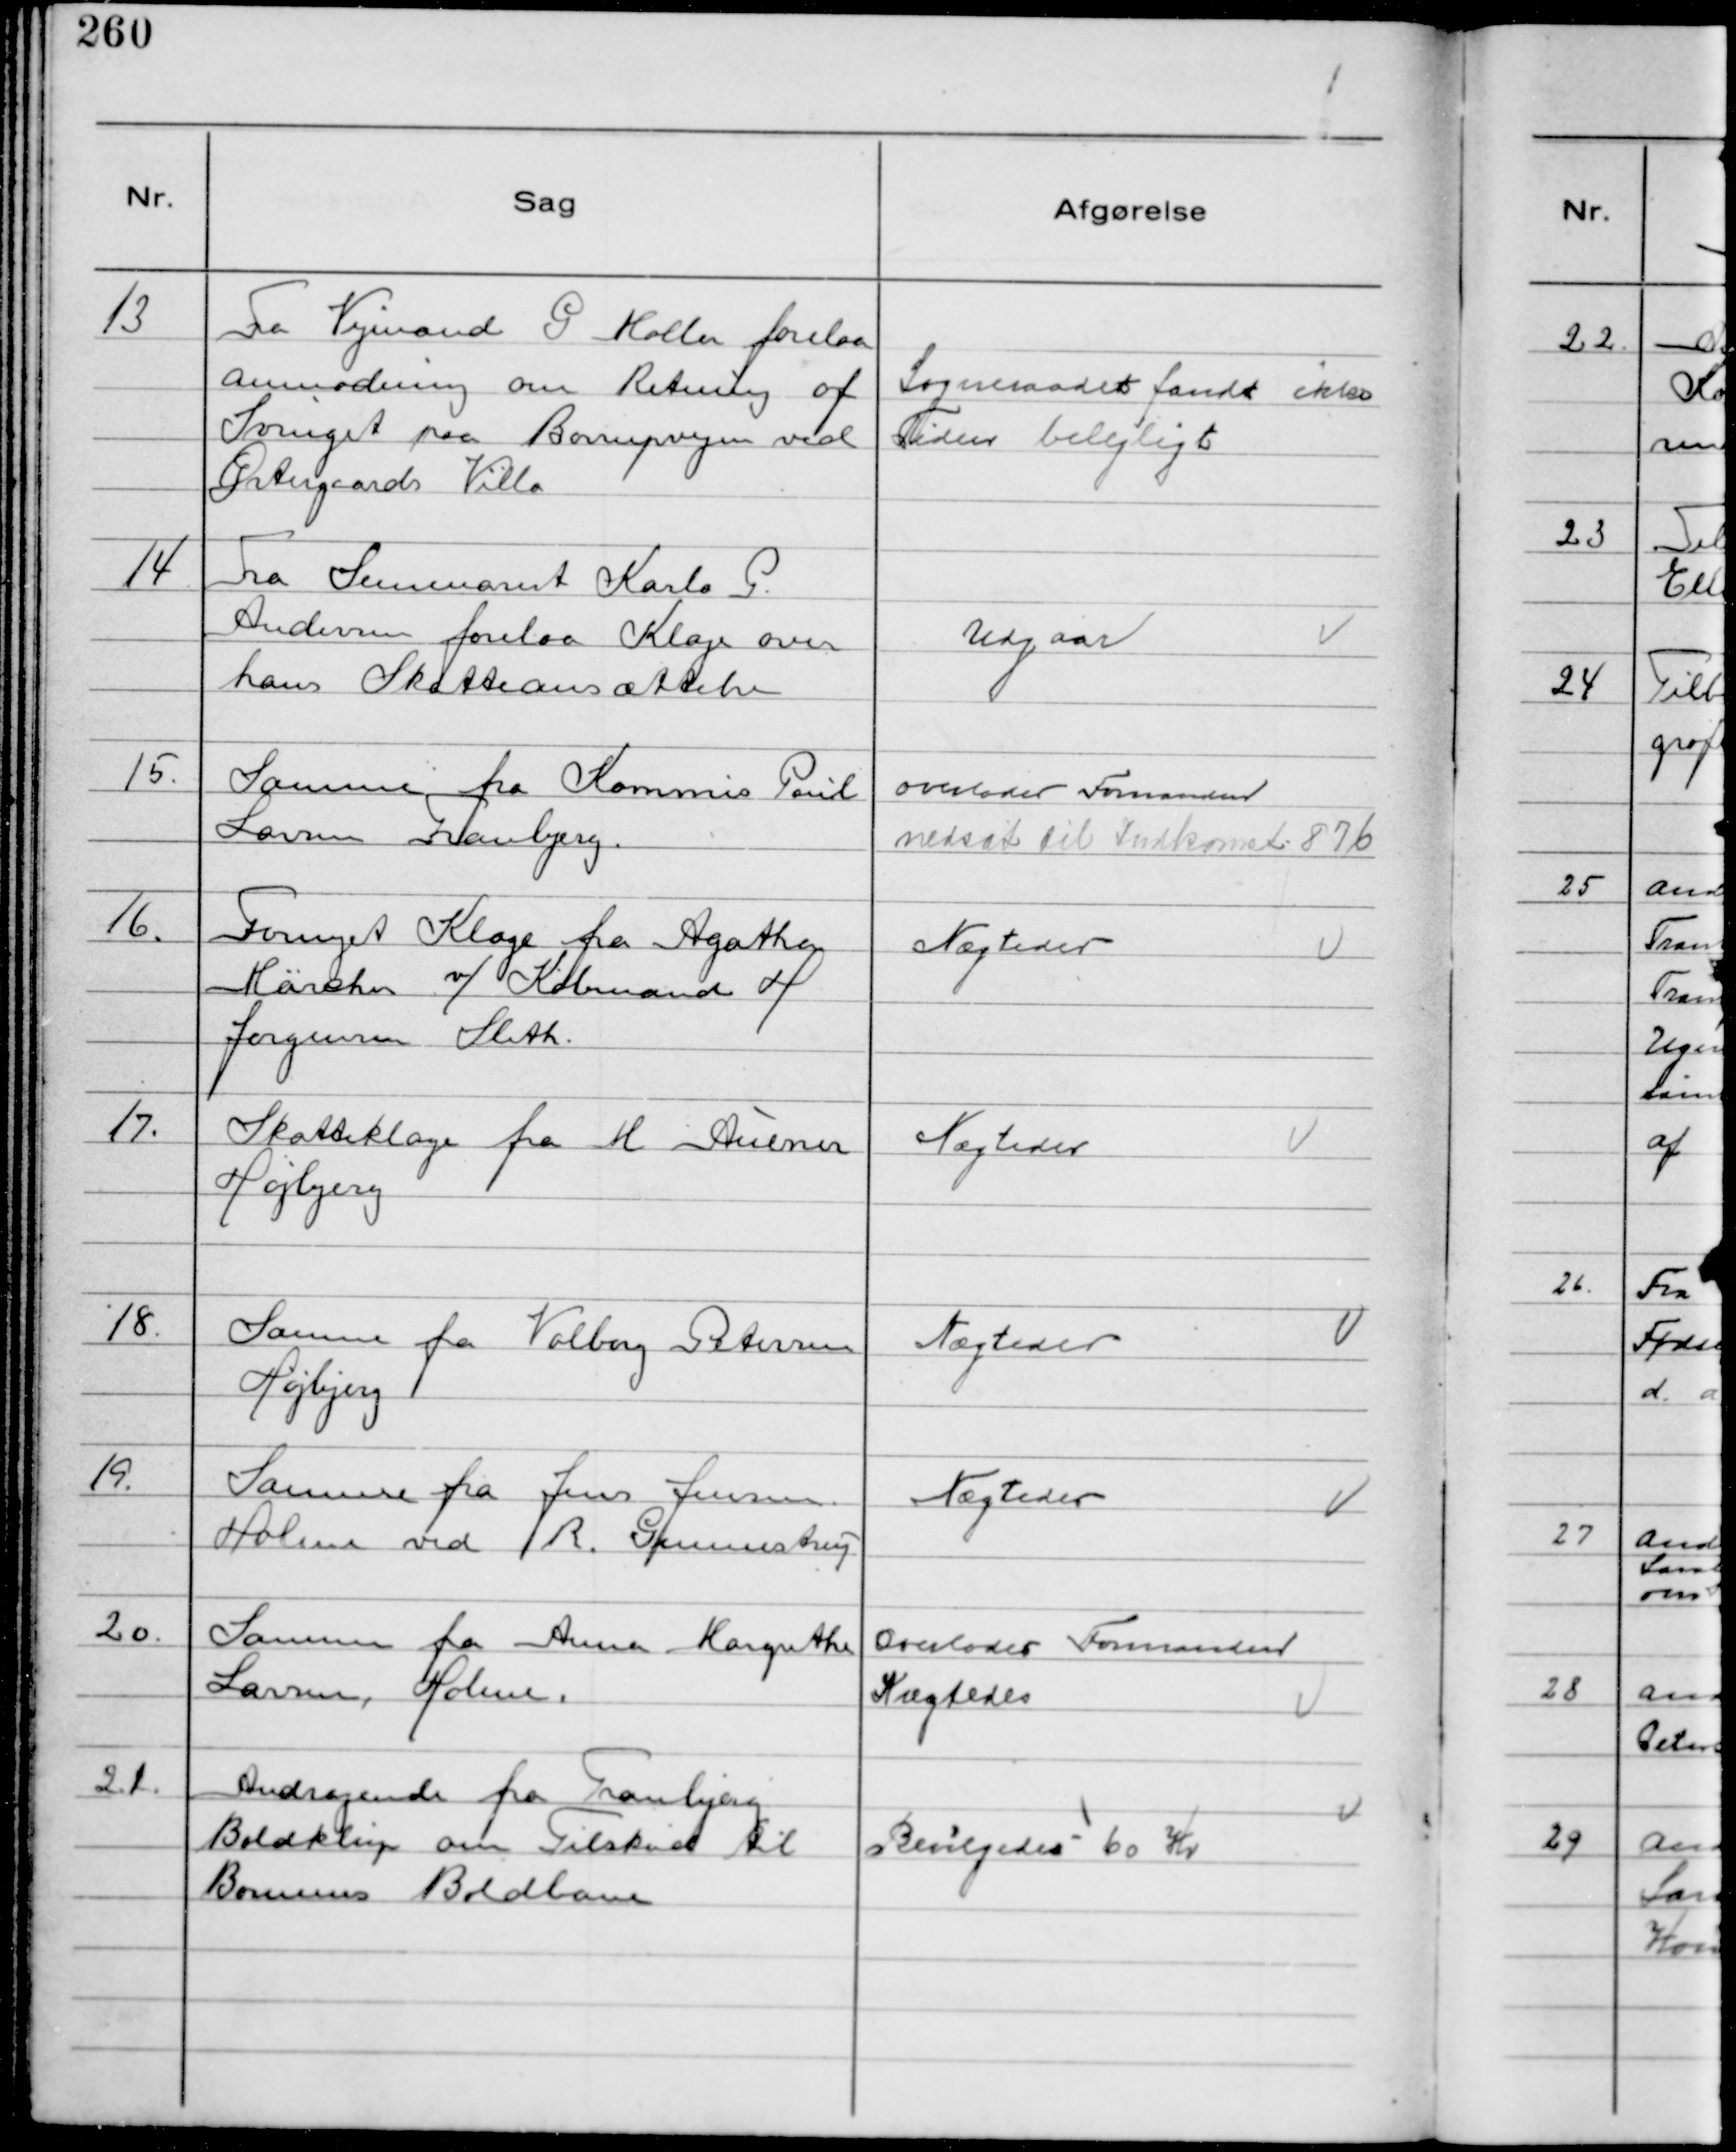
Transskription:
13
Fra Vejmand G Møller forelaa
anmodning om Retning af
Svinget paa Borrupvejen ved
Østergaards Villa

Sogneraadet fandt ikke
Tiden belejligt

14
Fra Seminarist Karlo G.
Andersen forelaa Klage over
hans Skatteansættelse

Udgaar

15.
Samme fra Kommis Poul
Larsen Tranbjerg.

overlodes Formanden
nedsat til Indkomst 876

16.
Fornyet Klage fra Agathe
Märchen v/ Købmand H
Jørgensen Sleth.

Nægtedes

17.
Skatteklage fra M Aulner
Højbjerg

Nægtedes

18.
Samme fra Valborg Petersen
Højbjerg

Nægtedes

19.
Samme fra Jens Jensen
Holme ved R. Gunnestrup

Nægtedes

20.
Samme fra Anna Margrethe
Larsen, Holme.

Overlodes Formanden
Nægtedes

21.
Andragende fra Tranbjerg
Boldklup om Tilskud til
Børnenes Boldbane

Bevilgedes 60 Kr